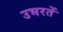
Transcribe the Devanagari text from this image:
उभरतें